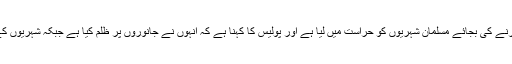
بھارتی پولیس نے حملہ آوروں کو گرفتار کرنے کی بجائے مسلمان شہریوں کو حراست میں لیا ہے اور پولیس کا کہنا ہے کہ انہوں نے جانوروں پر ظلم کیا ہے جبکہ شہریوں کے مذہبی جذبات کو بھی مجروح کیا گیا ہے۔